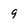
Character: 9